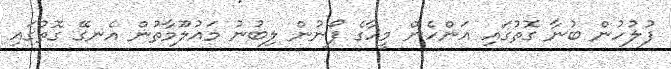
ފުލުހުން ބުނާ ގޮތުގައި އަންހެން މީހާގެ ފޯނުން ލިބުނު މައުލޫމާތުން އެނގޭ ގޮތުގައި